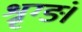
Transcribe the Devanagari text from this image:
श्रृग्ङं।